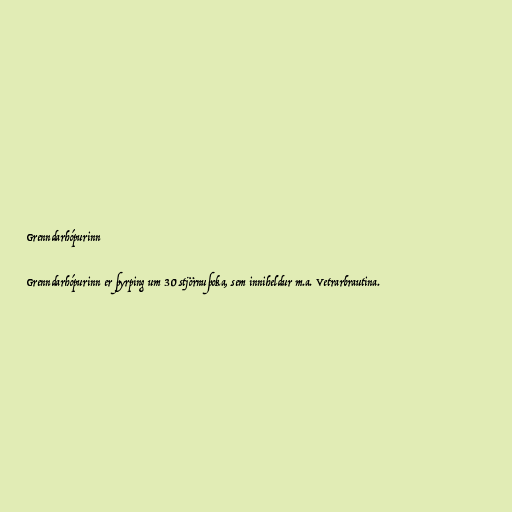
Grenndarhópurinn

Grenndarhópurinn er þyrping um 30 stjörnuþoka, sem inniheldur m.a. Vetrarbrautina.